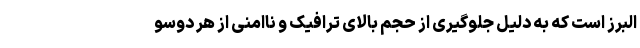
البرز است که به دلیل جلوگیری از حجم بالای ترافیک و ناامنی از هر دوسو